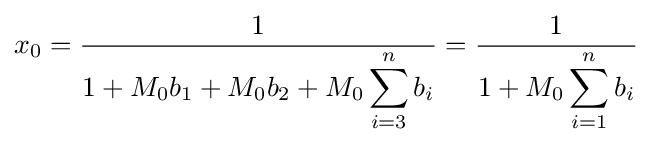
x_{0}={\frac {1}{1+\displaystyle M_{0}b_{1}+M_{0}b_{2}+M_{0}\displaystyle \sum _{i=3}^{n}b_{i}}}={\frac {1}{1+M_{0}\displaystyle \sum _{i=1}^{n}b_{i}}}